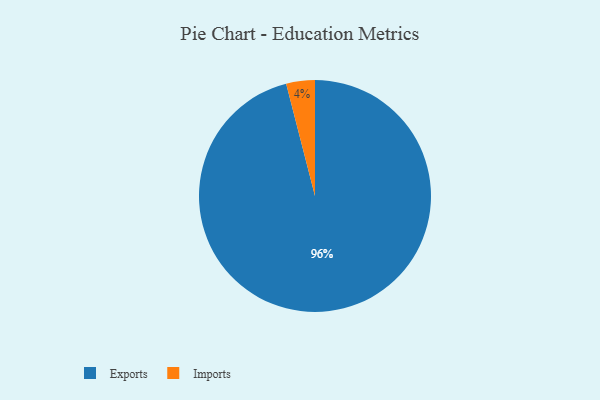
{"axis": {"x": "Category", "y": "Percentage"}, "legend": ["Exports", "Imports"], "data": [{"x": "Exports", "y": 96, "type": "Exports"}, {"x": "Imports", "y": 4, "type": "Imports"}]}